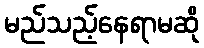
မည်သည့်နေရာမဆို